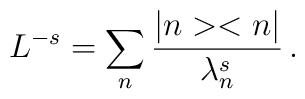
L^{-s}=\sum_n \frac{\vert n>< n\vert}{\lambda_n^s}\,.